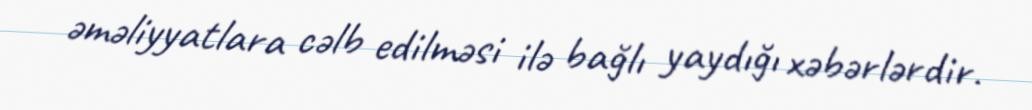
əməliyyatlara cəlb edilməsi ilə bağlı yaydığı xəbərlərdir.